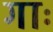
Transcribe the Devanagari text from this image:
गाः